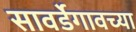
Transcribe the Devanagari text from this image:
सावर्डेगावच्या